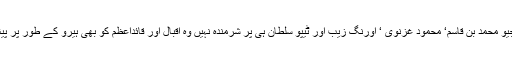
اس سے معلوم ہوتا ہے کہ جیو محمد بن قاسم‘ محمود غزنوی ‘ اورنگ زیب اور ٹیپو سلطان ہی پر شرمندہ نہیں وہ اقبال اور قائداعظم کو بھی ہیرو کے طور پر پیش کرنے سے اکتایا ہوا ہے۔